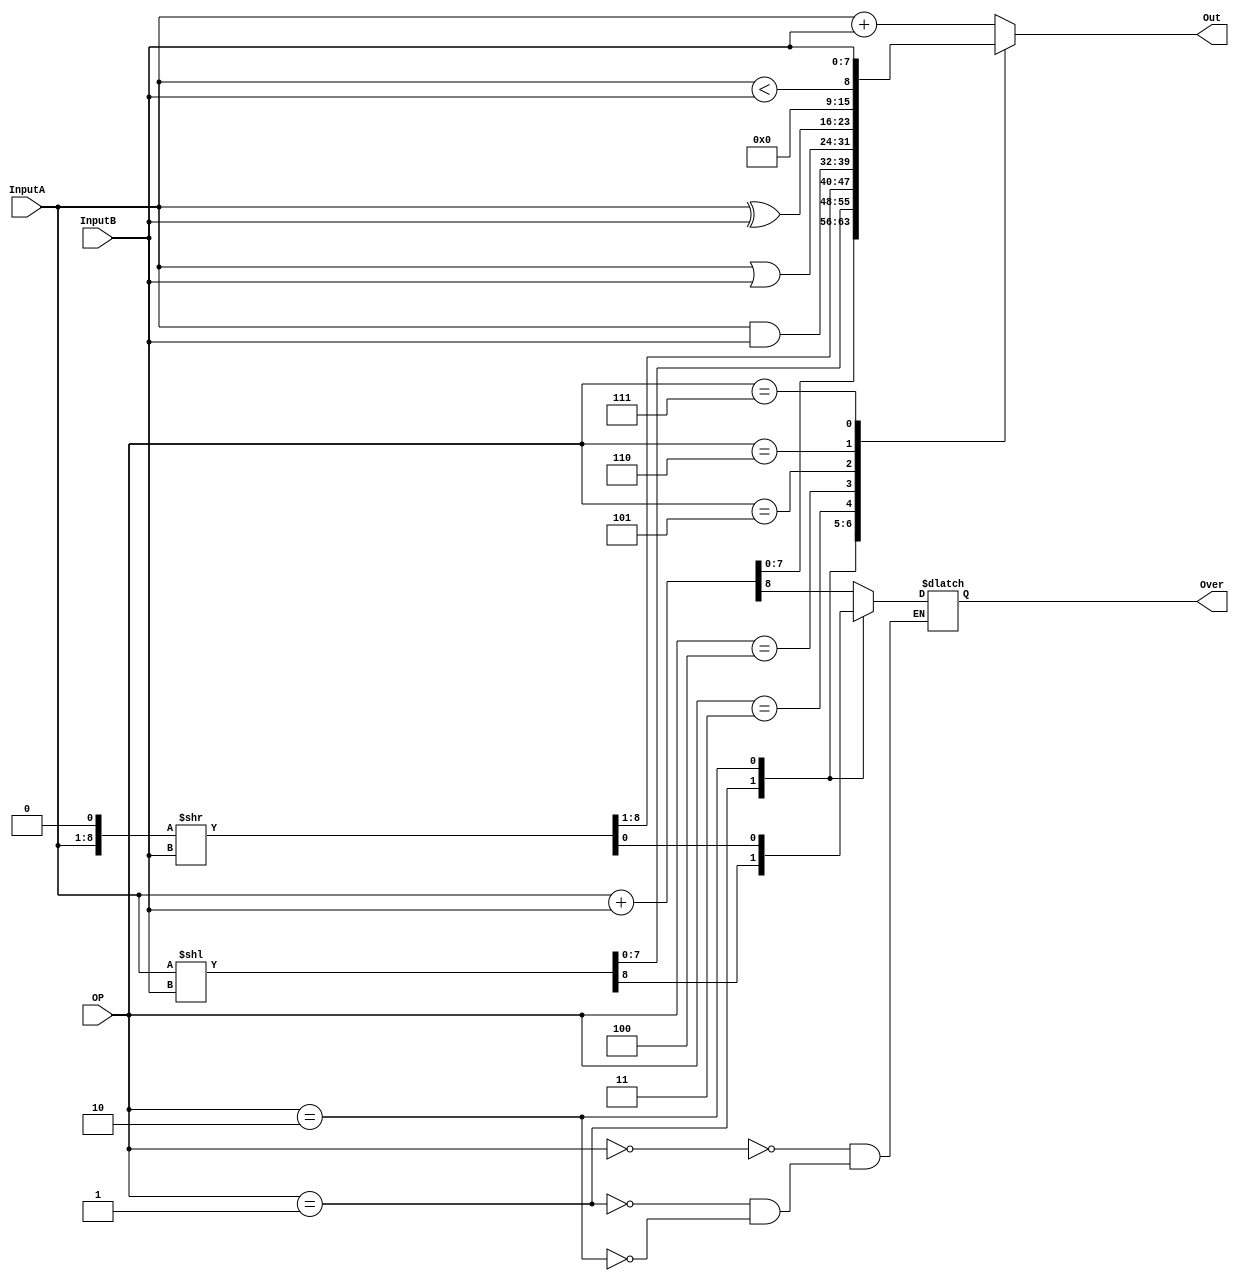
// Module Name:    ALU 
// Project Name:   CSE141L
//
// Revision Fall 2020
// Based on SystemVerilog source code provided by John Eldon
// Comment:
// 


	 
module ALU(InputA,InputB,OP,Out,Over);

	input [ 7:0] InputA;
	input [ 7:0] InputB;
	input [ 3:0] OP;
	output reg [7:0] Out; // logic in SystemVerilog
	output reg Over;      //write this to reg 12

	always@* // always_comb in systemverilog
	begin 
		Out = 0;
		case (OP)
		4'b0000: {Over, Out} = {1'b0,InputA} + {1'b0,InputB}; // ADD
		4'b0001: {Over, Out} = {1'b0,InputA} << InputB;       // Shift left
		4'b0010: {Out, Over} = {InputA,1'b0} >> InputB;       // Shift right
		4'b0011: Out = InputA & InputB; // AND
		4'b0100: Out = InputA | InputB; // OR
		4'b0101: Out = InputA ^ InputB; // XOR
		4'b0110: Out = InputA < InputB; // SLT
		4'b0111: Out = InputB;          // MOV
		default: Out = InputA + InputB;
	  endcase
	
	end 

endmodule